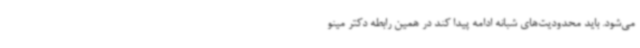
می‌شود. باید محدودیت‌های شبانه ادامه پیدا کند در همین رابطه دکتر مینو